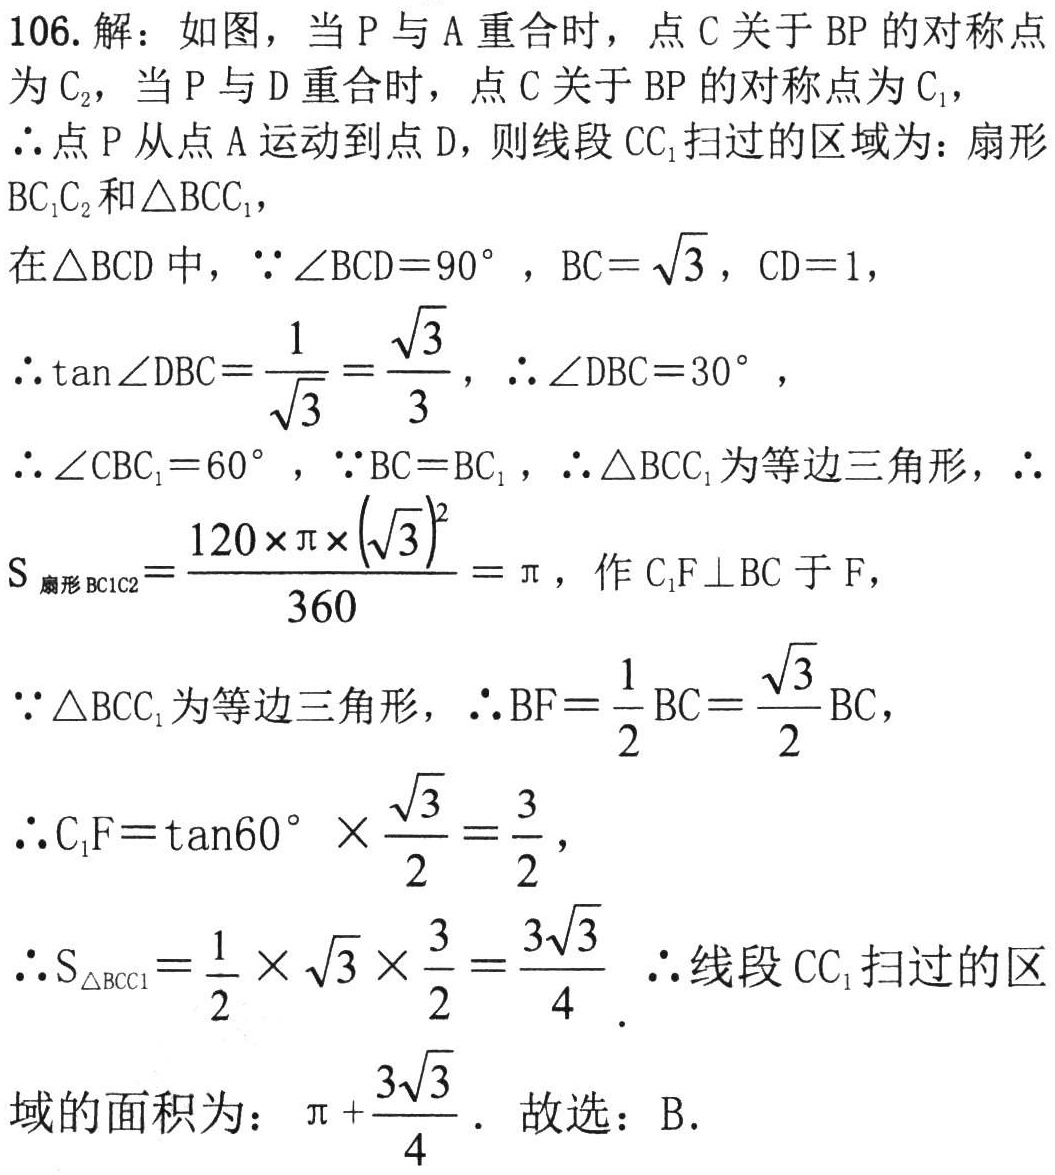
106. 解：如图，当 \(P\) 与 \(A\) 重合时，点 \(C\) 关于 \(BP\) 的对称点为 \(C_{2}\)，当 \(P\) 与 \(D\) 重合时，点 \(C\) 关于 \(BP\) 的对称点为 \(C_{1}\)，

\(\therefore\) 点 \(P\) 从点 \(A\) 运动到点 \(D\)，则线段 \(CC_{1}\) 扫过的区域为：扇形 \(BC_{1}C_{2}\) 和 \(\triangle BCC_{1}\)，

在 \(\triangle BCD\) 中，\(\because\angle BCD = 90^{\circ}\)，\(BC=\sqrt{3}\)，\(CD = 1\)，

\(\therefore\tan\angle DBC=\frac{1}{\sqrt{3}}=\frac{\sqrt{3}}{3}\)，\(\therefore\angle DBC = 30^{\circ}\)，

\(\therefore\angle CBC_{1}=60^{\circ}\)，\(\because BC = BC_{1}\)，\(\therefore\triangle BCC_{1}\) 为等边三角形，\(\therefore\)

\(S_{扇形BC_{1}C_{2}}=\frac{120\times\pi\times(\sqrt{3})^{2}}{360}=\pi\)，作 \(C_{1}F\perp BC\) 于 \(F\)，

\(\because\triangle BCC_{1}\) 为等边三角形，\(\therefore BF=\frac{1}{2}BC=\frac{\sqrt{3}}{2}BC\)，

\(\therefore C_{1}F=\tan60^{\circ}\times\frac{\sqrt{3}}{2}=\frac{3}{2}\)，

\(\therefore S_{\triangle BCC_{1}}=\frac{1}{2}\times\sqrt{3}\times\frac{3}{2}=\frac{3\sqrt{3}}{4}\) \(\therefore\) 线段 \(CC_{1}\) 扫过的区

域的面积为：\(\pi+\frac{3\sqrt{3}}{4}\)．故选：B．